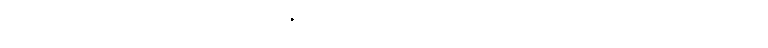
အစိုးရရဲ့ ပြောရေးဆိုခွင့် ရှိသူ ဦးဇော်ဌေးကတော့ အစိုးရ၊ လွှတ်တော်၊ တပ်မတော်တို့ဘက်က